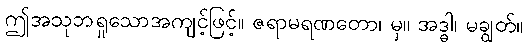
ဤအသုဘရှုသောအကျင့်ဖြင့်။ ဇရာမရဏတော၊ မှ။ အဒ္ဓါ၊ မချွတ်။